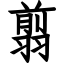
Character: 翦